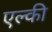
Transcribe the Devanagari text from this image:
एल्की